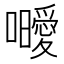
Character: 𭌥